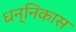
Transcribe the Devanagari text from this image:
धन्निकास